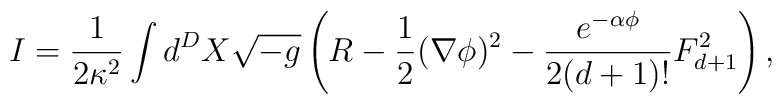
I=\frac{1}{2\kappa ^{2}}\int d^{D}X\sqrt{-g}    \left(      R- \frac{1}{2}(\nabla \phi)^{2}-\frac{e^{-\alpha \phi}}      {2(d+1)!}F^{2}_{d+1}\right),